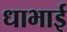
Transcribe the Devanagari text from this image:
धाभाई